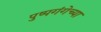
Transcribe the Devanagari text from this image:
पुष्पगंगेच्या